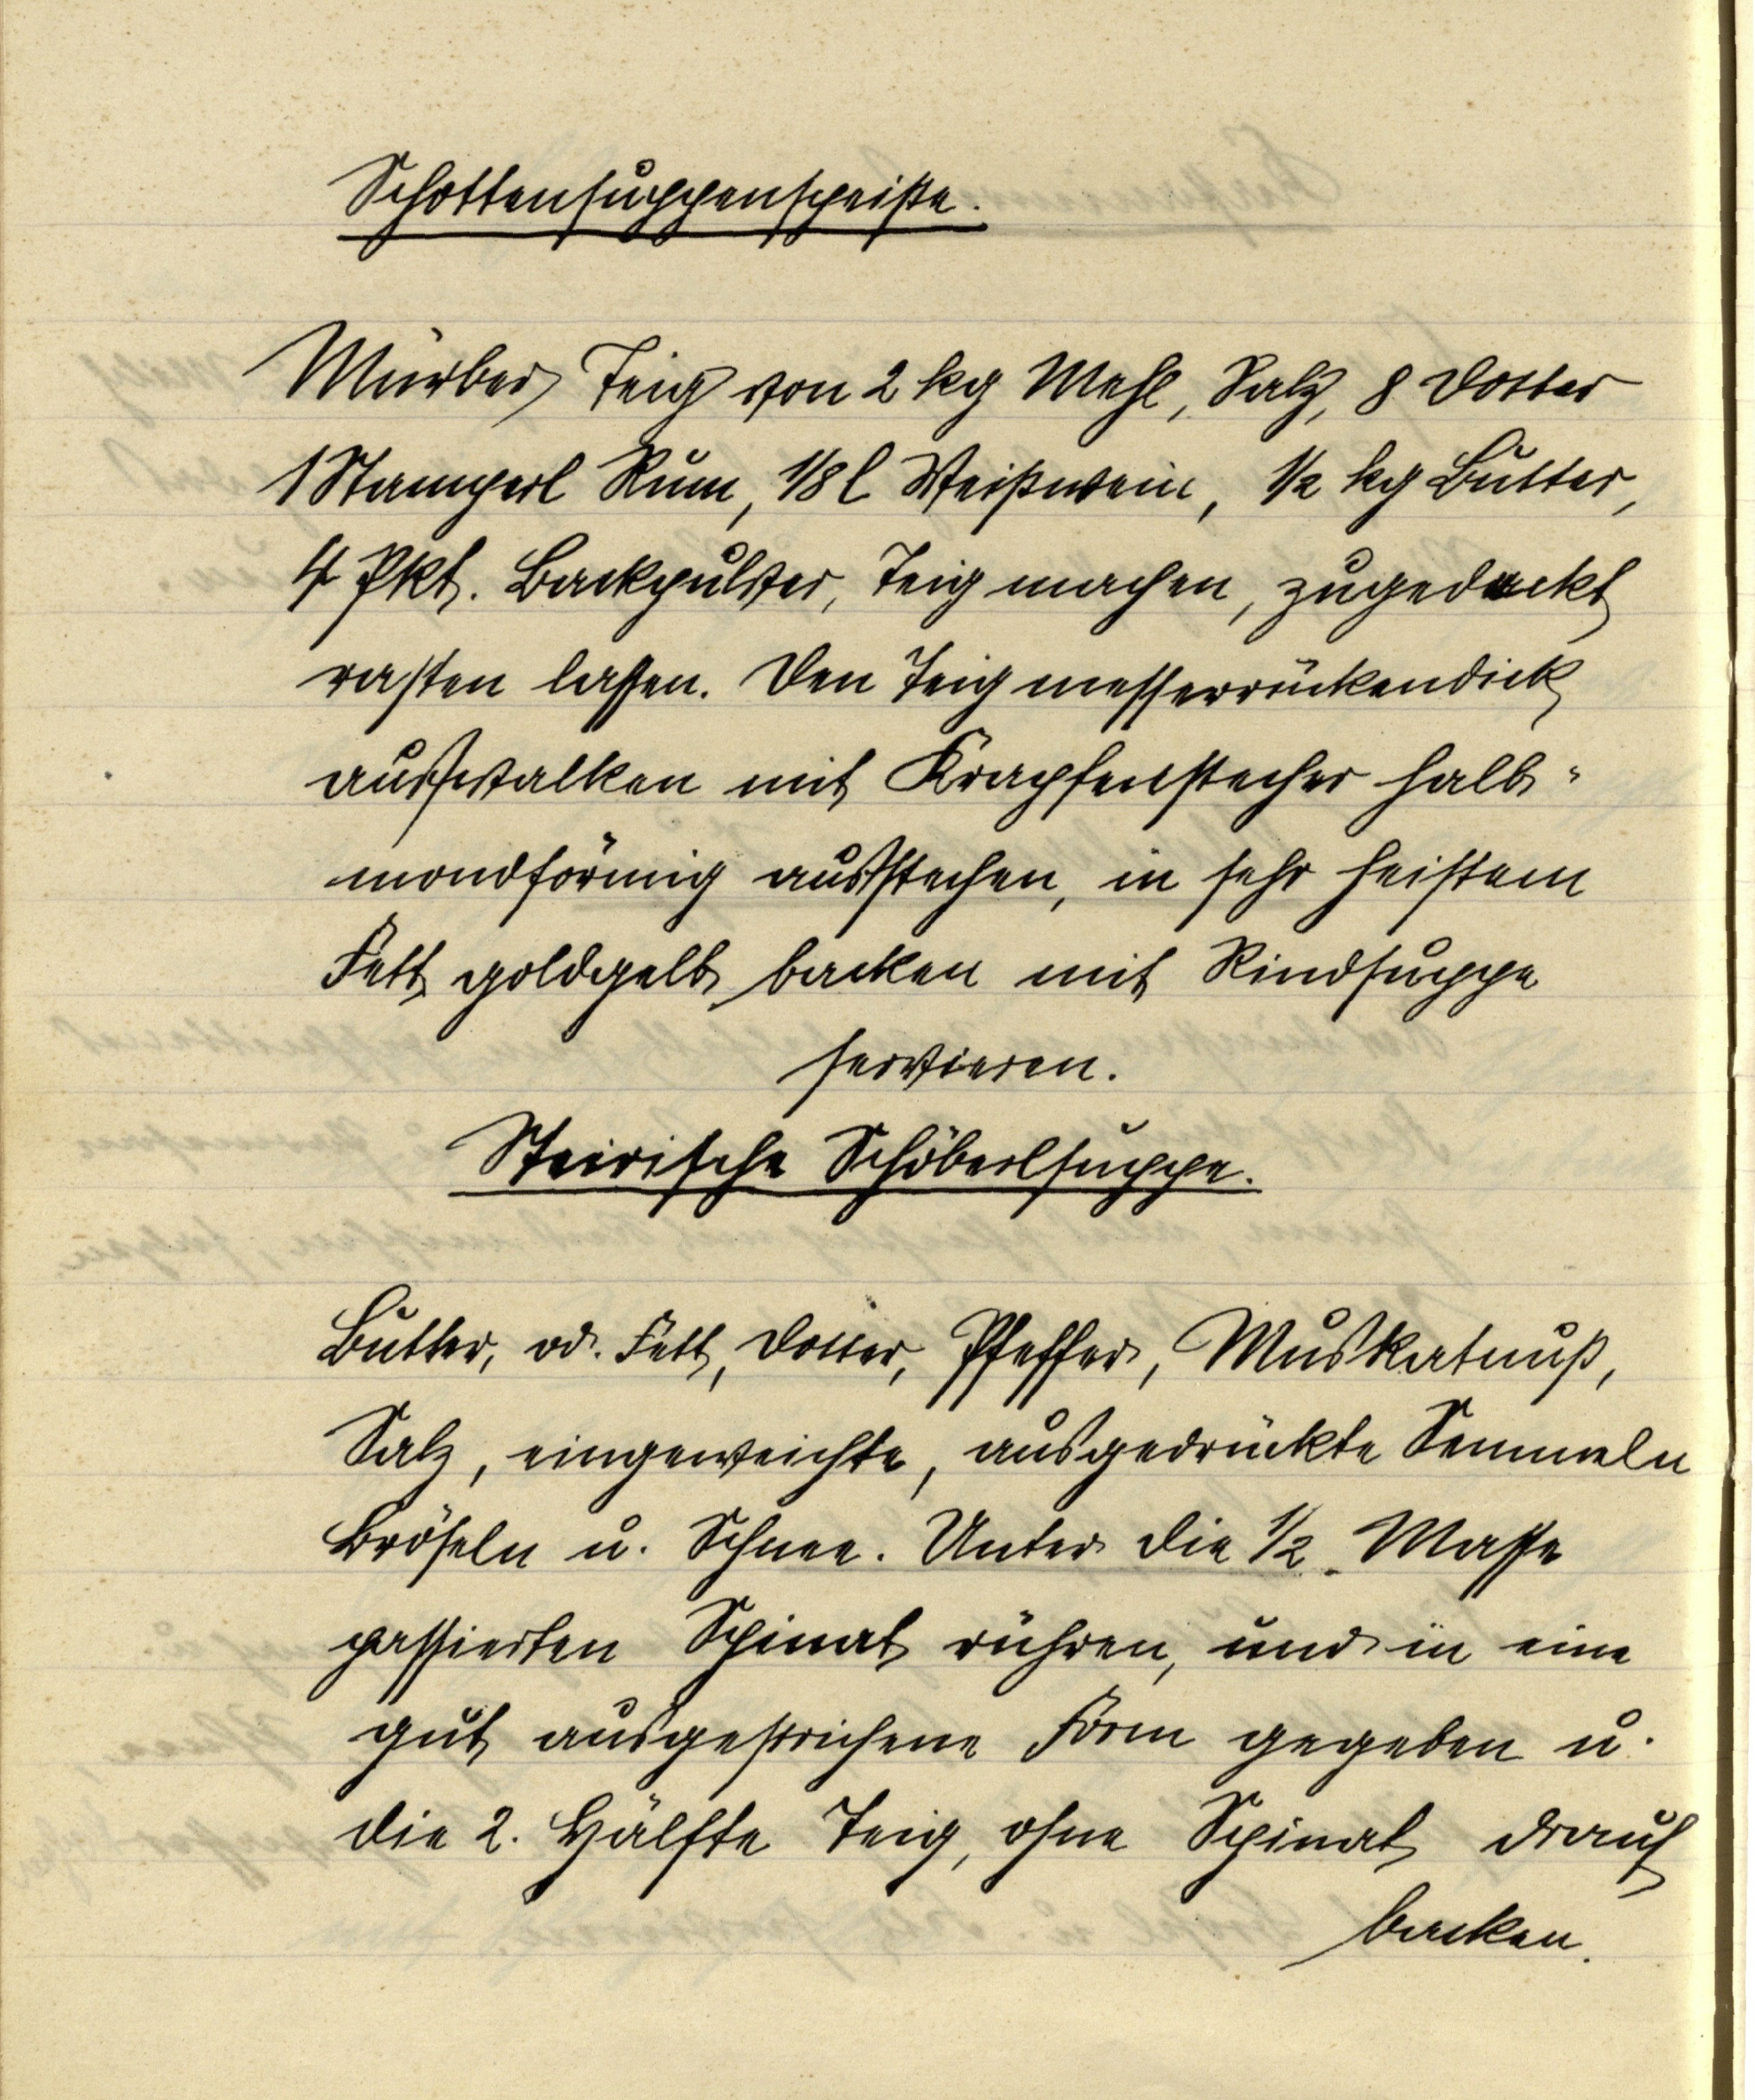
Schottensuppenspeiße.

Mürber Teig von 2 kg Mehl, Salz, 8 Dotter
1 Stamperl Rum, ⅛ l Weißwein, ½ kg Butter,
4 Pkt. Backpulver, Teig machen, zugedeckt
rasten lassen. Den Teig messerrückendick
außwalken mit Krapfenstecher halb¬
mondförmig außstechen, in sehr heißem
Fett goldgelb backen mit Rindsuppe
servieren.

Steirische Schöberlsuppe.

Butter, od. Fett, Dotter, Pfeffer, Muskatnuß,
Salz, eingeweichte, ausgedrückte Semmeln
Bröseln und Schnee. Unter die 1/2 Masse
passierten Spinat rühren, und in eine
gut ausgestrichene Form gegeben u.
die 2. Hälfte Teig, ohne Spinat drauf
backen.